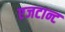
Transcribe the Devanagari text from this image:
एजटान्ट